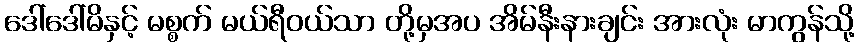
ဒေါ်ဒေါ်မိနှင့် မစ္စက် မယ်ရီဝယ်သာ တို့မှအပ အိမ်နီးနားချင်း အားလုံး မာကွန်သို့